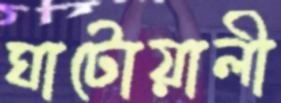
ঘাটোয়ালী